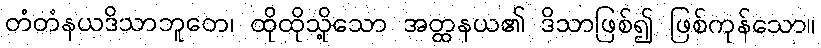
တံတံနယဒိသာဘူတေ၊ ထိုထိုသို့သော အတ္ထနယ၏ ဒိသာဖြစ်၍ ဖြစ်ကုန်သော။